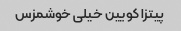
پیتزا کویین خیلی خوشمزس